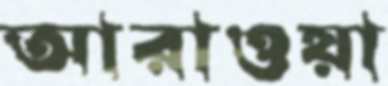
আরাওয়া